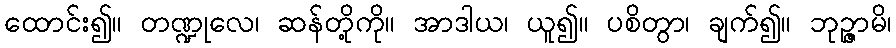
ထောင်း၍။ တဏ္ဍုလေ၊ ဆန်တို့ကို။ အာဒါယ၊ ယူ၍။ ပစိတွာ၊ ချက်၍။ ဘုဉ္ဇာမိ၊